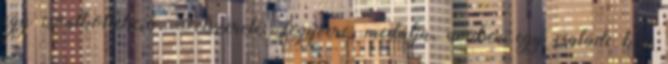
egy csontkollekció. Felszerelés: fegyvere; medálja, amiben egy családi kép